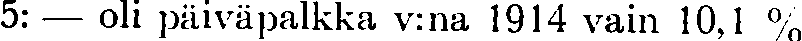
5: — oli päiväpalkka v:na 1914 vain 10,1 %